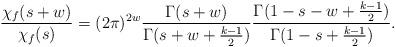
LaTeX: \begin{align*}\frac{\chi_f(s+w)}{\chi_f(s)}=(2\pi)^{2w}\frac{\Gamma(s+w)}{\Gamma(s+w+\frac{k-1}{2})}\frac{\Gamma(1-s-w+\frac{k-1}{2})}{\Gamma(1-s+\frac{k-1}{2})}. \end{align*}